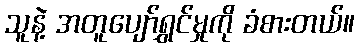
သူနဲ့ အတူပျော်ရွှင်မှုကို ခံစားတယ်။